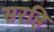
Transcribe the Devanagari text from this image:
सरहि